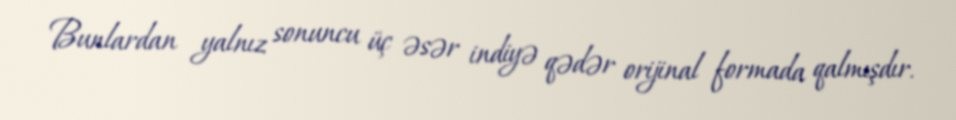
Bunlardan yalnız sonuncu üç əsər indiyə qədər orijinal formada qalmışdır.